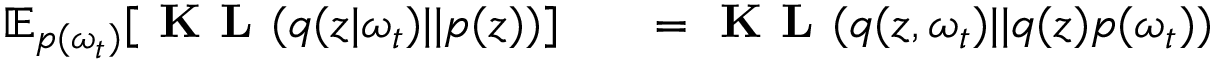
\begin{array} { r l r } { \mathbb { E } _ { p ( \omega _ { t } ) } [ \textbf { K L } ( q ( \boldsymbol { z } | \omega _ { t } ) | | p ( \boldsymbol { z } ) ) ] } & { { } } & { = \textbf { K L } ( q ( \boldsymbol { z } , \omega _ { t } ) | | q ( \boldsymbol { z } ) p ( \omega _ { t } ) ) } \end{array}